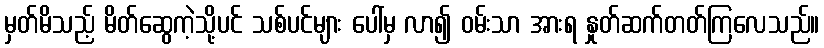
မှတ်မိသည့် မိတ်ဆွေကဲ့သို့ပင် သစ်ပင်များ ပေါ်မှ လာ၍ ဝမ်းသာ အားရ နှုတ်ဆက်တတ်ကြလေသည်။